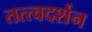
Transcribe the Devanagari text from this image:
तत्त्वदर्शन